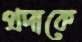
প্রদাকে